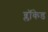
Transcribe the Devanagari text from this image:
ब्लॉकेड